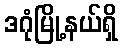
ဒဂုံမြို့နယ်ရှိ